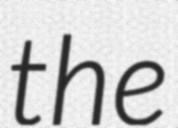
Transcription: the